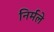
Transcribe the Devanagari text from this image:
निर्मले